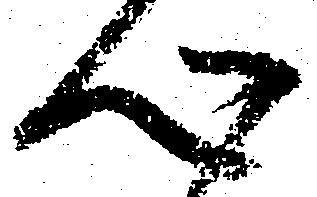
心